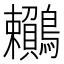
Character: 𪈎